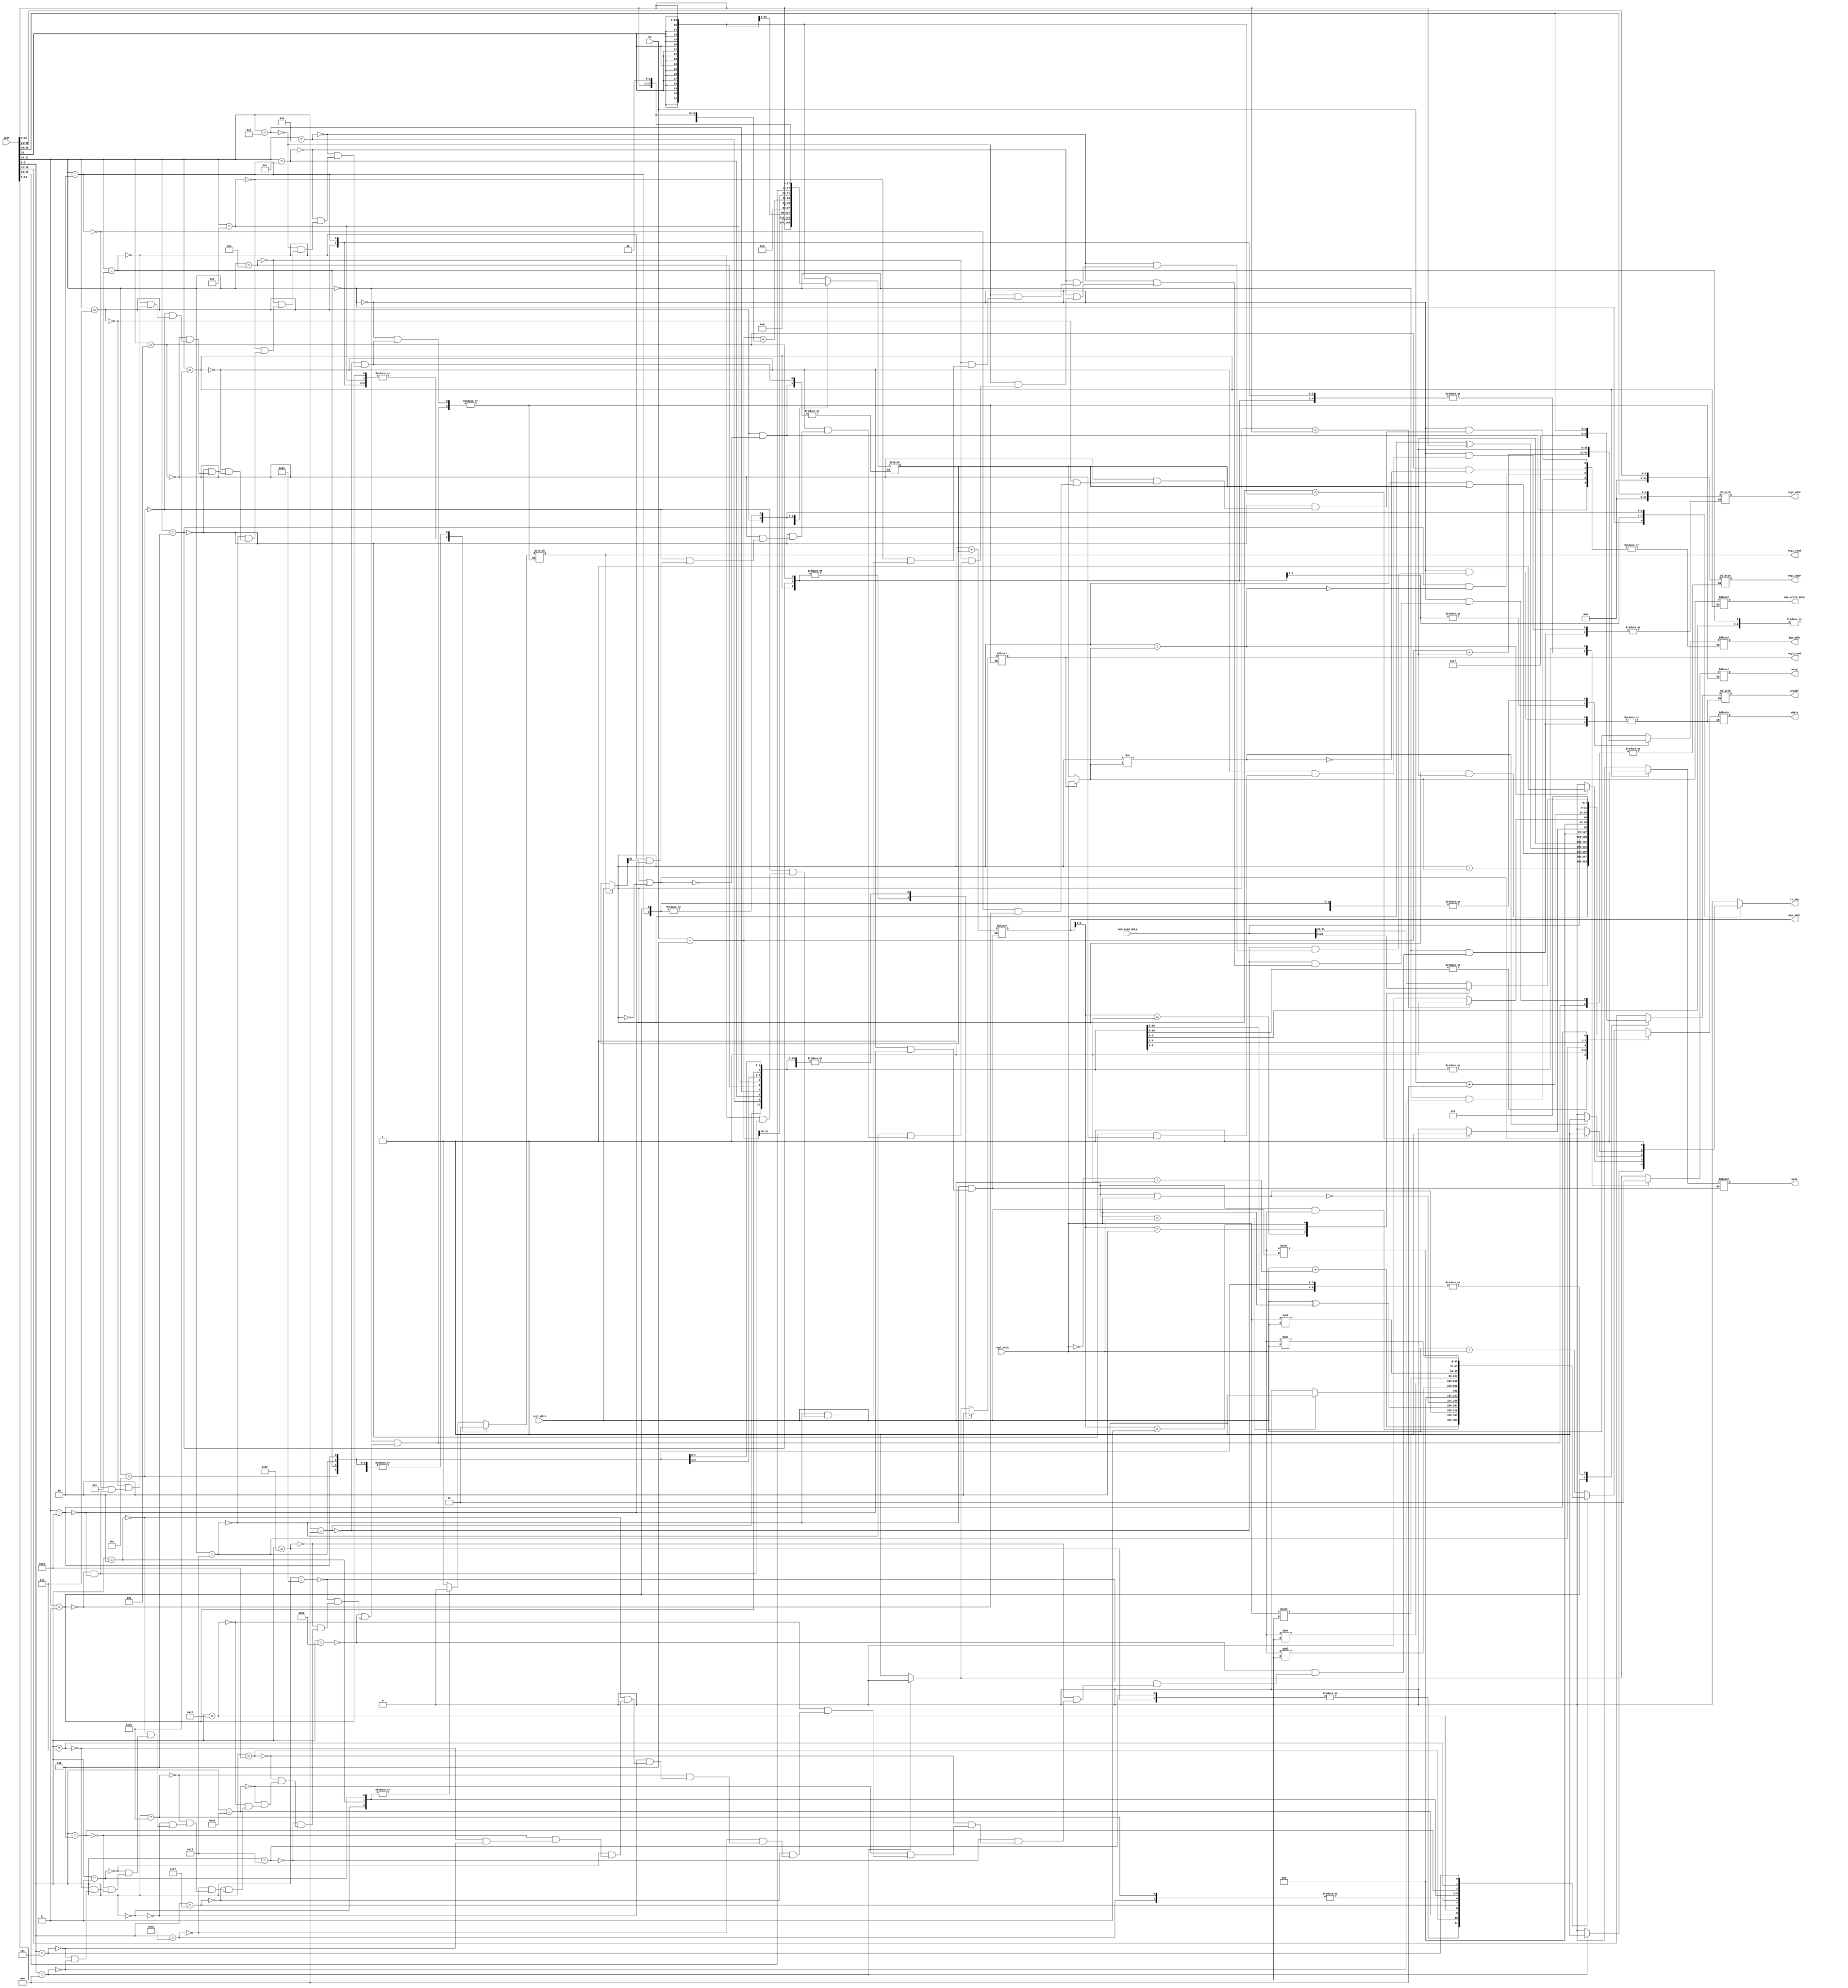
module decode(
	input [31:0] inst,  //
	input [31:0] PC,
	input [31:0] reg1_data,
	input [31:0] reg2_data,
	input [31:0] mem_read_data,
	output reg [4:0] wraddr,   //  regs.vwrite_reg
	output reg [31:0] reg1_addr, //
	output reg [31:0] reg2_addr,
	output reg [31:0] jmp_addr,
	output reg wreg,
	output reg is_jmp,
	output reg reg1_read,
	output reg reg2_read,
	output reg [31:0] wdata,
	output reg [31:0] mem_addr,
	output reg wren,
	output reg [31:0] mem_write_data
	);
	
reg [31:0] imm;
reg [31:0] reg1_o;  //1
reg [31:0] reg2_o;
reg valid;
wire [5:0] opcode=inst[31:26];
wire [4:0] rs=inst[25:21];    //R-type&I-type
wire [4:0] rt=inst[20:16];    //R-type&I-type
wire [4:0] rd=inst[15:11];    //R-type
wire [4:0] shamt=inst[10:6];  //R-type
wire [5:0] funct=inst[5:0];   //R-type
wire [15:0] Iimm=inst[15:0];  //I-type
wire [25:0] Jimm=inst[25:0];  //J-type

wire [31:0] pcadd4;
wire [31:0] pcadd8;
wire [31:0] imm_sext_mov2;
wire [31:0] imm_sext;
wire [31:0] imm_zext;
wire [31:0] neg;

assign pcadd4=PC+4;
assign pcadd8=PC+8;
assign imm_sext_mov2={{14{Iimm[15]}},Iimm[15:0],2'b00};  //
assign imm_sext={{16{Iimm[15]}},Iimm[15:0]};   //
assign imm_zext={16'H0,Iimm[15:0]};   //
assign neg=(~reg2_data)+1;

parameter INVALID=1'b0;
parameter VALID=1'b1;
parameter ENABLE=1'b1;
parameter DISABLE=1'b0;	
parameter EXE_SPECIAL=6'b000000;
parameter EXE_ADD=6'b100000;
parameter EXE_ADDU=6'b100001;
parameter EXE_SUB=6'b100010;
parameter EXE_SUBU=6'b100011;
parameter EXE_AND=6'b100100;
parameter EXE_OR=6'b100101;
parameter EXE_XOR=6'b100110;
parameter EXE_NOR=6'b100111;
parameter EXE_SLT=6'b101010;
parameter EXE_SLTU=6'b101011;
parameter EXE_SLL=6'b000000;
parameter EXE_SRL=6'b000010;
parameter EXE_SRA=6'b000011;
parameter EXE_SLLV=6'b000100;
parameter EXE_SRLV=6'b000110;
parameter EXE_SRAV=6'b000111;
parameter EXE_JR=6'b001000;
parameter EXE_ADDI=6'b001000;
parameter EXE_ADDIU=6'b001001;
parameter EXE_ANDI=6'b001100;
parameter EXE_ORI=6'b001101;
parameter EXE_XORI=6'b001110;
parameter EXE_LUI=6'b001111;
parameter EXE_LW=6'b100011;
parameter EXE_SW=6'b101011;
parameter EXE_BEQ=6'b000100;
parameter EXE_BNE=6'b000101;
parameter EXE_SLTI=6'b001010;
parameter EXE_SLTIU=6'b001011;
parameter  EXE_BLEZ=6'b000110;
parameter  EXE_J=6'b000010;
parameter  EXE_JAL=6'b000011;
parameter  EXE_LBU=6'b100100;
/*inoutregdataregdatains
regaddrregdata*/

/*ALU*/

/*
	regs decode_reg(
	.clk(clk), .write_data(wdata), .write_reg(wraddr), .write_en(wreg),
	.read_reg1(reg1_addr), .read_reg2(reg2_addr), 
	.read_en1(reg1_read), .read_en2(reg2_read),
	.read_data1_o(reg1_data), .read_data2_O(reg2_data));
*/

always @ (*) begin
	//
	//valid<=INVALID;    //
	is_jmp<=DISABLE;
	//wreg<=DISABLE;
	//reg1_read<=DISABLE;
	//reg2_read<=DISABLE;
	case(opcode)
		EXE_SPECIAL: begin    //R-type
			case(funct)
			
				EXE_ADD: begin   //rd<-rs+rt
					//aluop<=ADD;   //
					wreg<=ENABLE;    //rd 
					reg1_read<=ENABLE;   // rs
					reg2_read<=ENABLE;   // rt
					valid<=VALID;    //
					wraddr<=rd;   //rd
					reg1_addr<=rs;//reg1rs
					reg2_addr<=rt;//reg2rt
					wdata<=reg1_data+reg2_data;
				end
				
				EXE_ADDU: begin
					//aluop<=ADDU;   //
					wreg<=ENABLE; 
					reg1_read<=ENABLE;
					reg2_read<=ENABLE;
					valid<=VALID;
					wraddr<=rd;   //rd
					reg1_addr<=rs;//reg1rs
					reg2_addr<=rt;//reg2rt
					wdata<=reg1_data+reg2_data;
				end
				
				EXE_SUB:begin
					//aluop<=SUB;     //  rd<-rs-rt
					wreg<=ENABLE; //rd
					reg1_read<=ENABLE;  //rs
					reg2_read<=ENABLE;  //rt
					valid<=VALID;
					wraddr<=rd;   //rd
					reg1_addr<=rs;//reg1rs
					reg2_addr<=rt;//reg2rt
					wdata<=reg1_data+neg;
				end
				
				EXE_SUBU:begin
					//aluop<=SUBU;     //
					wreg<=ENABLE; 
					reg1_read<=ENABLE;
					reg2_read<=ENABLE;
					valid<=VALID;
					wraddr<=rd;   //rd
					reg1_addr<=rs;//reg1rs
					reg2_addr<=rt;//reg2rt
					wdata<=reg1_data+neg;
				end
				
				EXE_AND:begin
					//aluop<=AND;
					wreg<=ENABLE; 
					reg1_read<=ENABLE;
					reg2_read<=ENABLE;
					valid<=VALID;
					wraddr<=rd;   //rd
					reg1_addr<=rs;//reg1rs
					reg2_addr<=rt;//reg2rt
					wdata<=reg1_data&reg2_data;
				end
				
				EXE_OR:begin
					//aluop<=OR;
					wreg<=ENABLE; 
					reg1_read<=ENABLE;
					reg2_read<=ENABLE;
					valid<=VALID;
					wraddr<=rd;   //rd
					reg1_addr<=rs;//reg1rs
					reg2_addr<=rt;//reg2rt
					wdata<=reg1_data|reg2_data;
				end
				
				EXE_XOR:begin
					//aluop<=XOR;
					wreg<=ENABLE; 
					reg1_read<=ENABLE;
					reg2_read<=ENABLE;
					valid<=VALID;
					wraddr<=rd;   //rd
					reg1_addr<=rs;//reg1rs
					reg2_addr<=rt;//reg2rt
					wdata<=reg1_data^reg2_data;
				end
				
				EXE_NOR:begin
					//aluop<=NOR;
					wreg<=ENABLE; 
					reg1_read<=ENABLE;
					reg2_read<=ENABLE;
					valid<=VALID;
					wraddr<=rd;   //rd
					reg1_addr<=rs;//reg1rs
					reg2_addr<=rt;//reg2rt
					wdata<=~(reg1_data|reg2_data);
				end
				
				EXE_SLT:begin
					//aluop<=SLT;
					wreg<=ENABLE; 
					reg1_read<=ENABLE;
					reg2_read<=ENABLE;
					valid<=VALID;
					wraddr<=rd;   //rd
					reg1_addr<=rs;//reg1rs
					reg2_addr<=rt;//reg2rt
					if(reg1_data<reg2_data)wdata<=1;
					else wdata<=0;  //
				end
				
				EXE_SLTU:begin
					//aluop<=SLTU;   //
					wreg<=ENABLE; 
					reg1_read<=ENABLE;
					reg2_read<=ENABLE;
					valid<=VALID;
					wraddr<=rd;   //rd
					reg1_addr<=rs;//reg1rs
					reg2_addr<=rt;//reg2rt
					if(reg1_data<reg2_data)wdata<=1;
					else wdata<=0;
				end
				
				EXE_SLL:begin
					//aluop<=SLL;
					wreg<=ENABLE;   //rd
					reg1_read<=DISABLE;  //rs
					reg2_read<=ENABLE;  //rt
					valid<=VALID;    //rd=rt<<shamt
					wraddr<=rd;   //rd
					reg1_addr<=rs;//reg1rs
					reg2_addr<=rt;//reg2rt
					wdata<=reg2_data<<shamt;
				end
				
				EXE_SRL:begin
					//aluop<=SRL;   //
					wreg<=ENABLE; 
					reg1_read<=DISABLE;   //rs
					reg2_read<=ENABLE;   //rt
					valid<=VALID;    //rd=rt>>shamt
					wraddr<=rd;   //rd
					reg1_addr<=rs;//reg1rs
					reg2_addr<=rt;//reg2rt
					wdata<=reg2_data>>shamt;
				end
				
				EXE_SRA:begin
					//aluop<=SRA;   //
					wreg<=ENABLE; 
					reg1_read<=DISABLE;   //rs
					reg2_read<=ENABLE;  //rt
					valid<=VALID;   //rd=rt>>shamt
					wraddr<=rd;   //rd
					reg1_addr<=rs;//reg1rs
					reg2_addr<=rt;//reg2rt
					wdata<=$signed(reg2_data)>>>shamt;
				end
				
				EXE_SLLV:begin
					//aluop<=SLLV;    //rd=rt<<rs
					wreg<=ENABLE; 
					reg1_read<=ENABLE; 
					reg2_read<=ENABLE;
					valid<=VALID;
					wraddr<=rd;   //rd
					reg1_addr<=rs;//reg1rs
					reg2_addr<=rt;//reg2rt
					wdata<=reg2_data<<reg1_data;
				end
				
				EXE_SRLV:begin
					//aluop<=SRLV;    //rd=rt>>rs 
					wreg<=ENABLE; 
					reg1_read<=ENABLE; 
					reg2_read<=ENABLE;
					valid<=VALID;
					wraddr<=rd;   //rd
					reg1_addr<=rs;//reg1rs
					reg2_addr<=rt;//reg2rt
					wdata<=reg2_data>>reg1_data;
				end
				
				EXE_SRAV:begin
					//aluop<=SRAV;    //rd=rt>>rs 
					wreg<=ENABLE; 
					reg1_read<=ENABLE; 
					reg2_read<=ENABLE;
					valid<=VALID;
					wraddr<=rd;   //rd
					reg1_addr<=rs;//reg1rs
					reg2_addr<=rt;//reg2rt
					wdata<=$signed(reg2_data)>>>reg1_data;
				end
				
				EXE_JR:begin
					//aluop<=JR;    //PC<-rs
					wreg<=DISABLE;  //rd 
					reg1_read<=ENABLE;   //rs
					reg2_read<=DISABLE;   //rt
					reg1_addr<=rs;//reg1rs
					valid<=VALID;
					jmp_addr<=reg1_data;
					is_jmp<=ENABLE;
				end
				default:begin
				end
			endcase
			end
		
		EXE_ADDI:begin   //I-type   rt<-rs+(sign-extended)immediate
			//aluop<=ADD;   //
			wreg<=ENABLE;  //rt
			reg1_read<=ENABLE;  //rs
			reg2_read<=DISABLE;
			valid<=VALID;
			imm<=imm_sext;   //
			wraddr<=rt;   //rd
			reg1_addr<=rs;//reg1rs
			wdata<=reg1_o+reg2_o;  //reg2_oimm
		end
		
		EXE_ADDIU:begin
			//aluop<=ADDU;
			wreg<=ENABLE;
			reg1_read<=ENABLE;
			reg2_read<=DISABLE;
			valid<=VALID;
			imm<=imm_zext;   //
			wraddr<=rt;
			reg1_addr<=rs;//reg1rs
			wdata<=reg1_o+reg2_o;  //reg2_oimm
		end
		
		EXE_ANDI:begin
			//aluop<=AND;
			wreg<=ENABLE;
			reg1_read<=ENABLE;
			reg2_read<=DISABLE;
			valid<=VALID;
			imm<=imm_zext;   //
			wraddr<=rt;
			reg1_addr<=rs;//reg1rs
			wdata<=reg1_o&imm;
		end
		//001100 00001 00011 
		EXE_ORI:begin
			//aluop<=OR;
			wreg<=ENABLE;
			reg1_read<=ENABLE;
			reg2_read<=DISABLE;
			valid<=VALID;
			imm<=imm_zext;   //
			wraddr<=rt;
			reg1_addr<=rs;//reg1rs
			wdata<=reg1_o|imm;
		end
		
		EXE_XORI:begin
			//aluop<=XOR;
			wreg<=ENABLE;
			reg1_read<=ENABLE;
			reg2_read<=DISABLE;
			valid<=VALID;
			imm=imm_zext;   //
			wraddr<=rt;
			reg1_addr<=rs;//reg1rs
			wdata<=reg1_o^imm;
		end
		
		EXE_LUI:begin
			//aluop<=LUI;   //1616160
			wreg<=ENABLE;
			reg1_read<=DISABLE;
			reg2_read<=DISABLE;
			valid<=VALID;
			imm<={Iimm[15:0],16'H0};  //imm*65536
			wraddr<=rt;
			wdata<=imm;
		end
		
		EXE_LW:begin
		//
			//aluop<=LW;    //$1=memory[$2+10]
			wreg<=ENABLE; 
			reg1_read<=ENABLE; 
			reg2_read<=DISABLE;
			wraddr<=rt;
			reg1_addr<=rs;//reg1rs
			valid<=VALID;
			imm<=imm_sext;   //
			mem_addr<=reg1_o+imm;
			wren<=1'b0;  //
			wdata<=mem_read_data;
		end
		
		EXE_SW:begin
		//
			//aluop<=SW;    //memory[$2+10]=$1
			wreg<=DISABLE; 
			reg1_read<=ENABLE; 
			reg2_read<=ENABLE;
			valid<=VALID;
			reg1_addr<=rs;//reg1rs
			reg2_addr<=rt;//reg2rt
			imm<=imm_sext;   //
			wren<=1'b1;  //
			mem_addr<=reg1_o+imm;
			mem_write_data<=reg2_o;
		end
		
		EXE_BEQ:begin
			//aluop<=BEQ;
			wreg<=DISABLE;
			reg1_read<=ENABLE;
			reg2_read<=ENABLE;
			valid<=VALID;
			imm<=imm_sext_mov2;
			reg1_addr<=rs;//reg1rs
			reg2_addr<=rt;//reg2rt
			if(reg1_o==reg2_o)begin
				//jmp_flag<=1;
				jmp_addr<=pcadd4+imm;
				is_jmp<=ENABLE;
			end
		end
		
		EXE_BNE:begin    //BEQ
			//aluop<=BNE;
			wreg<=DISABLE;
			reg1_read<=ENABLE;
			reg2_read<=ENABLE;
			valid<=VALID;
			imm<=imm_sext_mov2;
			reg1_addr<=rs;//reg1rs
			reg2_addr<=rt;//reg2rt
			if(reg1_o!=reg2_o)begin
				//jmp_flag<=1;
				jmp_addr<=pcadd4+imm;
				is_jmp<=ENABLE;
			end
		end
		
		EXE_SLTI:begin
			//aluop<=SLT;   
			wreg<=ENABLE;  //rt
			reg1_read<=ENABLE;  //rs
			reg2_read<=DISABLE;
			valid<=VALID;
			imm=imm_sext;   //
			wraddr<=rt;
			reg1_addr<=rs;//reg1rs
			if(reg1_o<imm)wdata<=1;
			else wdata<=0;
		end
		
		EXE_SLTIU:begin
			//aluop<=SLT; 
			wreg<=ENABLE;  //rt
			reg1_read<=ENABLE;  //rs
			reg2_read<=DISABLE;
			valid<=VALID;
			imm=imm_zext;   //
			wraddr<=rt;
			reg1_addr<=rs;//reg1rs
			if(reg1_o<imm)wdata<=1;
			else wdata<=0;
		end
		
		//EXE_PREF:begin
			
		//end
		EXE_BLEZ:begin
			//aluop<=BLEZ;
			wreg<=DISABLE;
			reg1_read<=DISABLE;
			reg2_read<=DISABLE;
			valid<=VALID;
			if(reg1_o[31]==1||reg1_o==31'd0)begin
				imm<=pcadd4+imm_sext_mov2;
				//jmp_flag<=1;
				jmp_addr<=imm;
				is_jmp<=ENABLE;
			end
		end
		
		//EXE_BGTZ:begin
		//end
		//EXE_REGIMM:  //
		EXE_J:begin
			//aluop<=J;
			wreg<=DISABLE;
			reg1_read<=DISABLE;
			reg2_read<=DISABLE;
			valid<=VALID;
			imm<={{pcadd4[31:28]},Jimm,{2'b00}};
			//jmp_flag<=1;
			jmp_addr<=imm;
			is_jmp<=ENABLE;
		end
		
		
		EXE_JAL:begin
			//aluop<=JAL;
			wreg<=ENABLE;
			reg1_read<=DISABLE;
			reg2_read<=DISABLE;
			valid<=VALID;
			wraddr<=5'b11111;  //$31
			imm<={{pcadd4[31:28]},Jimm,{2'b00}};
			wdata<=pcadd8;
			//jmp_flag<=1;
			jmp_addr<=imm;
			is_jmp<=ENABLE;
		end
		
		//EX_LB:begin
		//end
		EXE_LBU:begin
				//
			//aluop<=LW;    //$1=memory[$2+10]
			wreg<=ENABLE; 
			reg1_read<=ENABLE; 
			reg2_read<=DISABLE;
			wraddr<=rt;
			reg1_addr<=rs;//reg1rs
			valid<=VALID;
			imm<=imm_sext;   //
			mem_addr<=reg1_o+imm;
			wren<=1'b0;  //
			case(mem_addr[1:0])
				2'b00:wdata<={{24{1'b0}},mem_read_data[31:24]};
				2'b01:wdata<={{24{1'b0}},mem_read_data[23:16]};
				2'b10:wdata<={{24{1'b0}},mem_read_data[15:8]};
				2'b11:wdata<={{24{1'b0}},mem_read_data[7:0]};
				default:begin
				end
			endcase
		end
		
		default:begin
		end
	endcase
end
	
always @ (*)begin
	if(reg1_read==ENABLE)reg1_o<=reg1_data;
	else reg1_o<=imm;
end
	
always @ (*)begin
	if(reg2_read==ENABLE)reg2_o<=reg2_data;
	else reg2_o<=imm;
end
endmodule